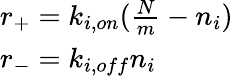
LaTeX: \begin{array}{l}{r_{+}=k_{i,on}(\frac{N}{m}-n_{i})}\\ {r_{-}=k_{i,off}n_{i}}\end{array}